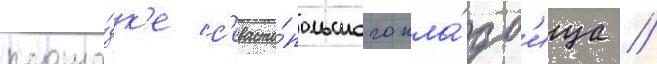
площа́дк'е с'евасто́польского кла́дб'ища //